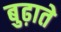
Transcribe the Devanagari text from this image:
बुढ़ाते